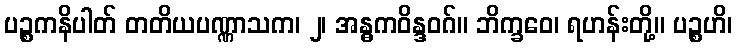
ပဉ္စကနိပါတ် တတိယပဏ္ဏာသက၊ ၂၊ အန္ဓကဝိန္ဒဝဂ်။ ဘိက္ခဝေ၊ ရဟန်းတို့။ ပဉ္စဟိ၊